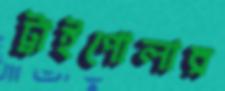
ট্রাইপোলার